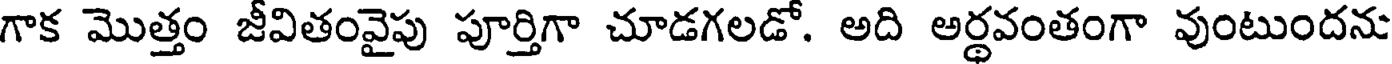
గాక మొత్తం జీవితంవైపు పూర్తిగా చూడగలడో. అది అర్థవంతంగా వుంటుందను